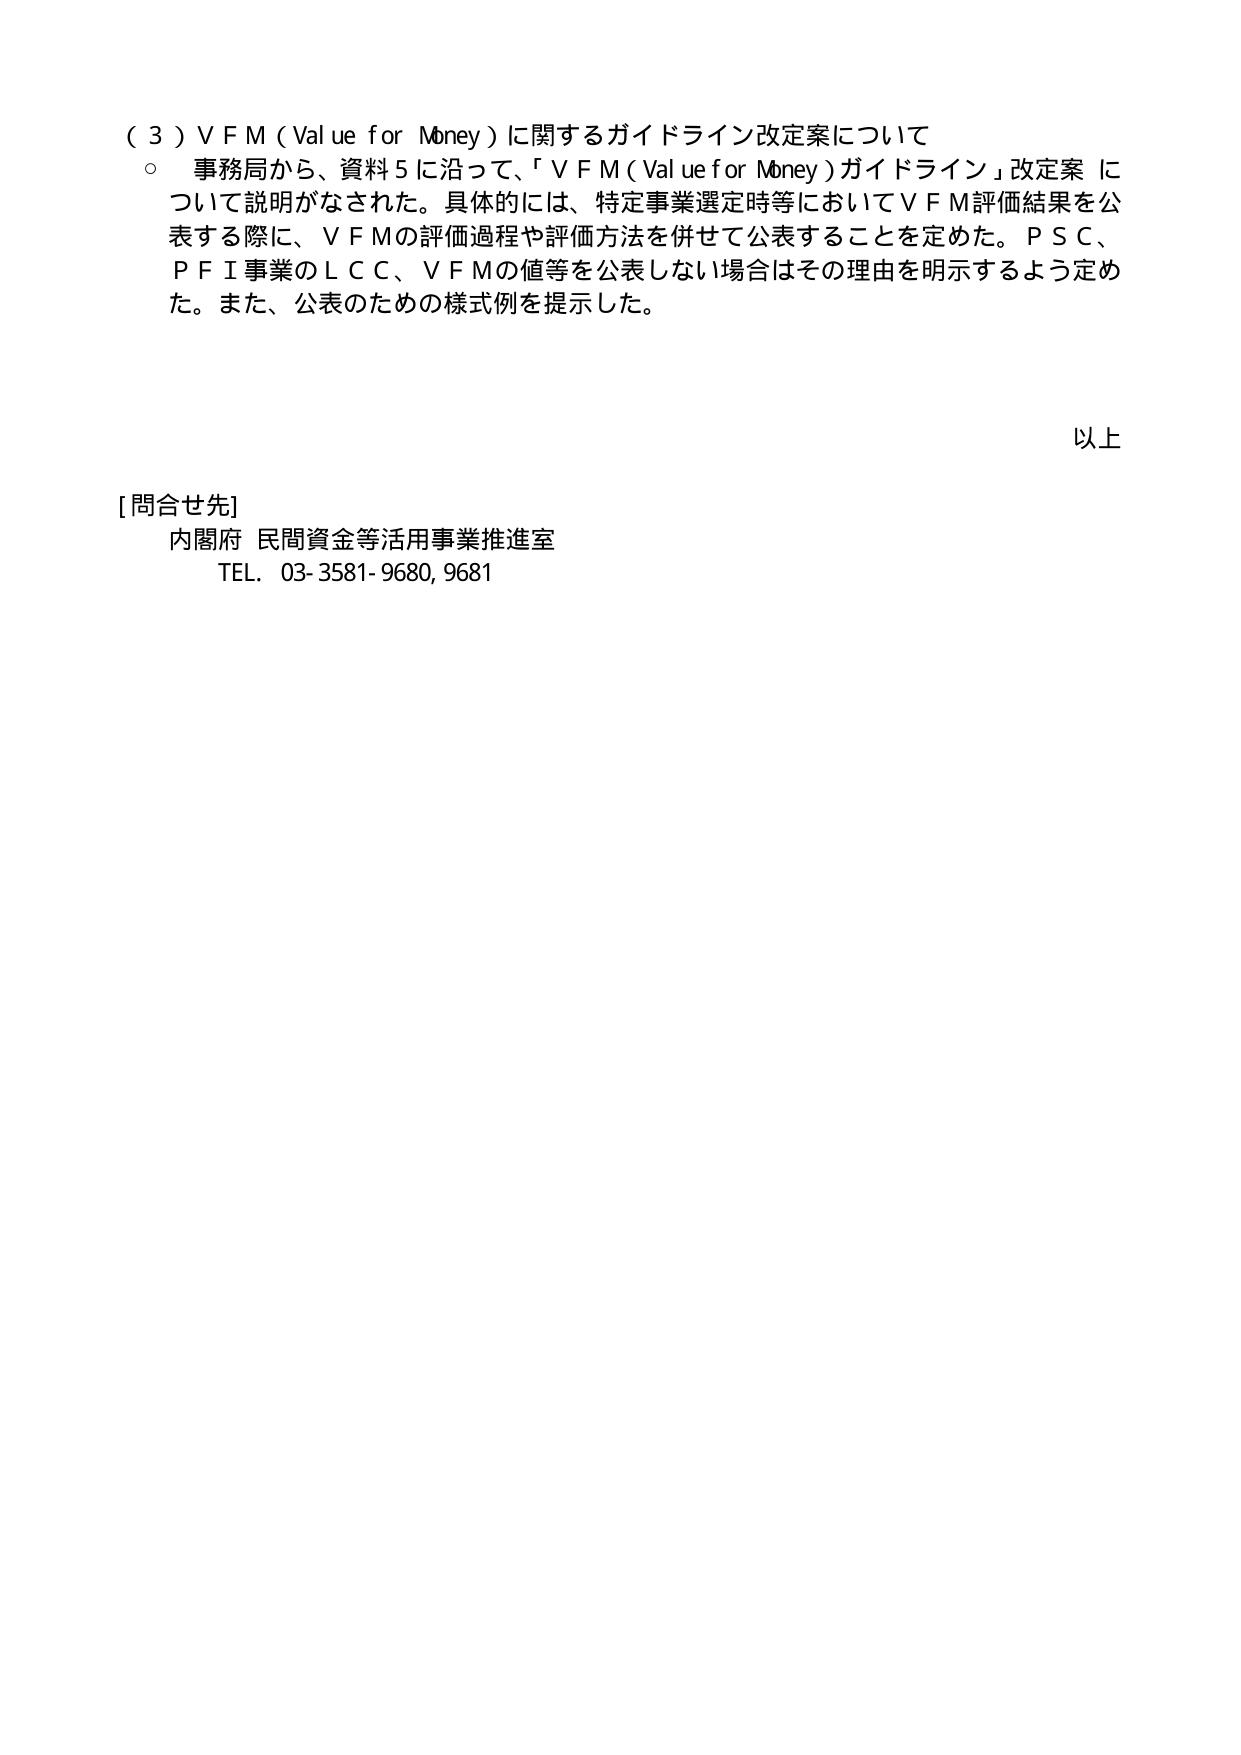
（３）ＶＦＭ（Value for Money）に関するガイドライン改定案について
○ 事務局から、資料５に沿って、「ＶＦＭ（Value for Money）ガイドライン」改定案について説明がなされた。具体的には、特定事業選定時等においてＶＦＭ評価結果を公表する際に、ＶＦＭの評価過程や評価方法を併せて公表することを定めた。ＰＳＣ、ＰＦＩ事業のＬＣＣ、ＶＦＭの値等を公表しない場合はその理由を明示するよう定めた。また、公表のための様式例を提示した。

以上

[問合せ先]
内閣府 民間資金等活用事業推進室
TEL. 03-3581-9680, 9681